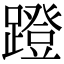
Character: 蹬